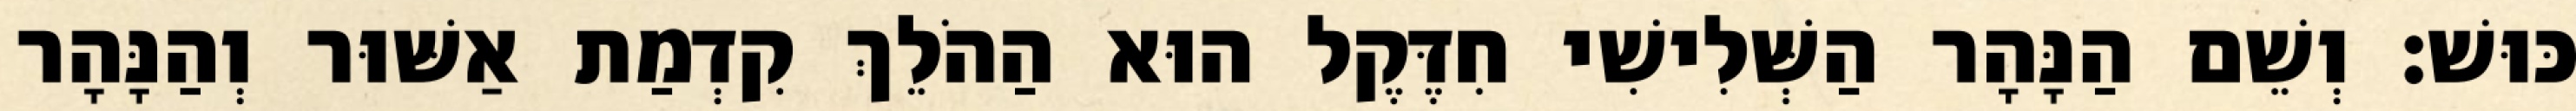
כּוּשׁ׃ וְשֵׁם הַנָּהָר הַשְּׁלִישִׁי חִדֶּקֶל הוּא הַהֹלֵךְ קִדְמַת אַשּׁוּר וְהַנָּהָר